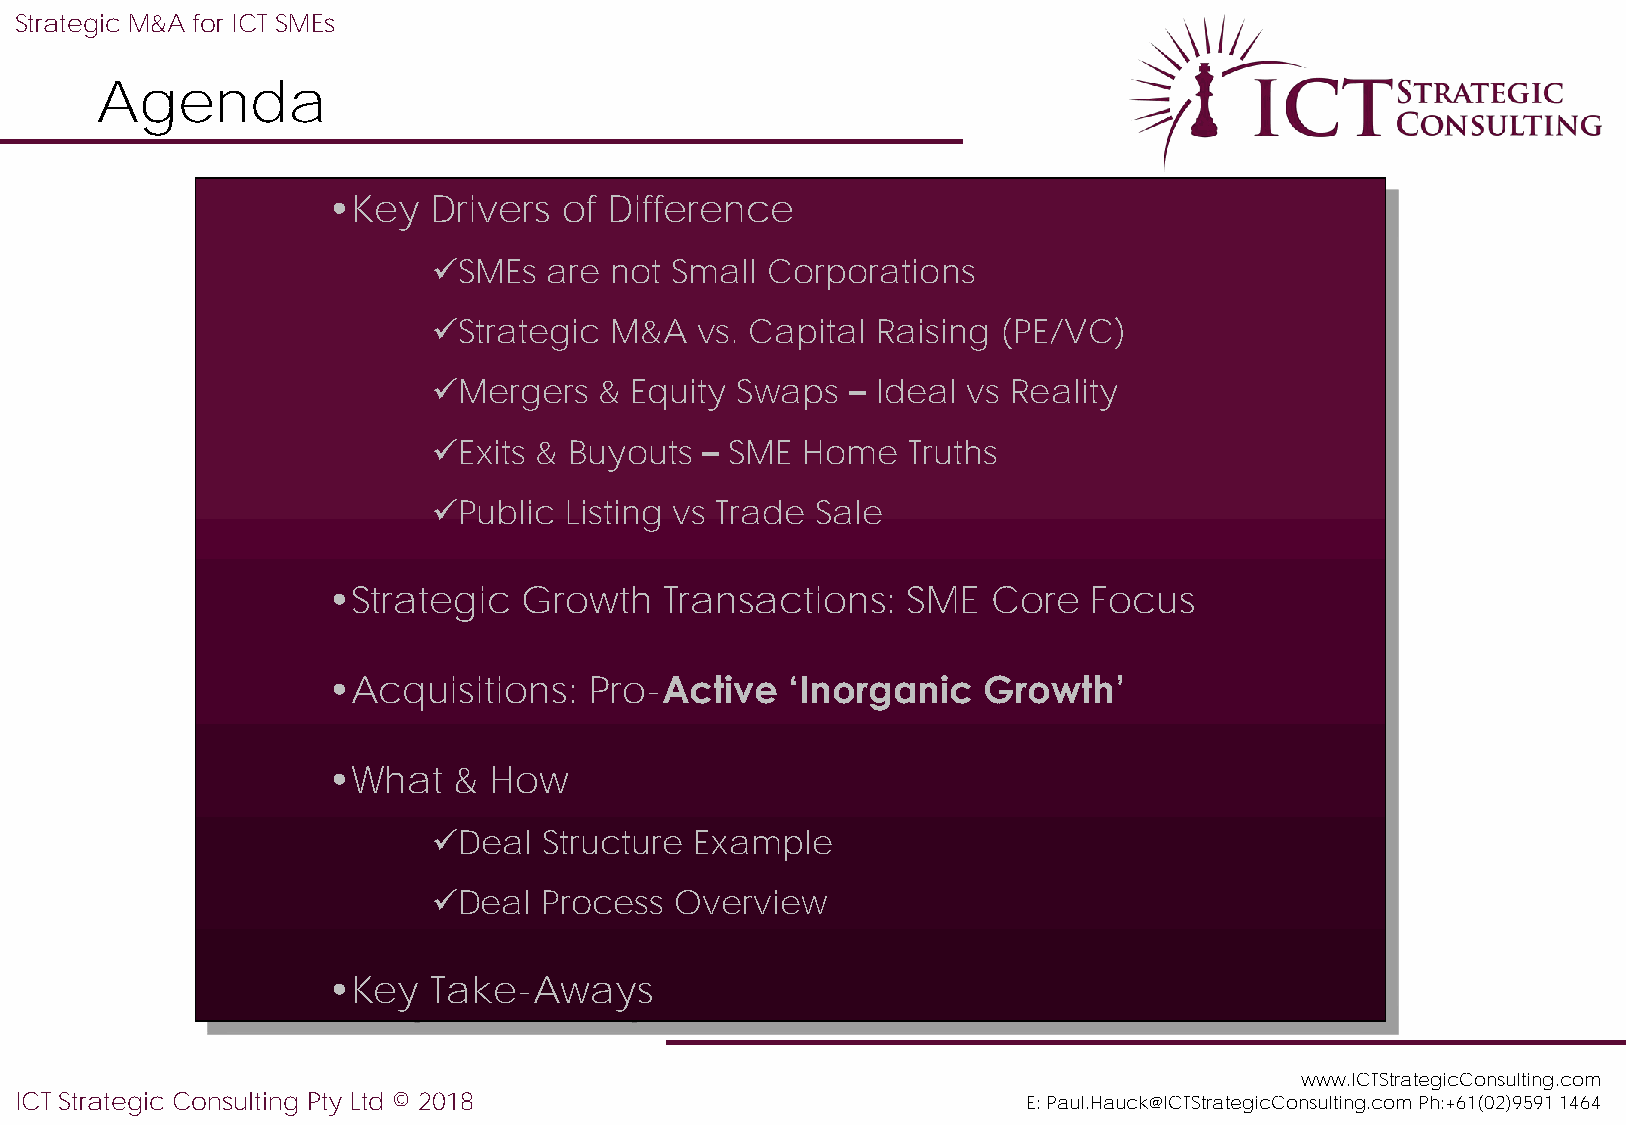
Strategic M&A for ICT SMEs
 Agenda
 •Key  Drivers  of Difference
 ✓SMEs  are not Small  Corporations
 ✓Strategic M&A   vs. Capital Raising (PE/VC)
 ✓Mergers   & Equity Swaps  – Ideal vs Reality
 ✓Exits & Buyouts – SME  Home   Truths
 ✓Public Listing vs Trade Sale
 •Strategic   Growth   Transactions:   SME   Core  Focus
 •Acquisitions:   Pro-Active   ‘Inorganic   Growth’
 •What   & How
 ✓Deal  Structure Example
 ✓Deal  Process  Overview
 •Key  Take-Aways
 www.ICTStrategicConsulting.com
 ICT Strategic Consulting Pty Ltd © 2018                            E: Paul.Hauck@ICTStrategicConsulting.com Ph:+61(02)9591 1464